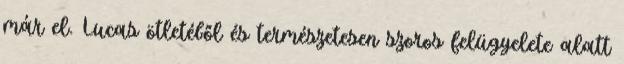
már el. Lucas ötletéből és természetesen szoros felügyelete alatt